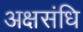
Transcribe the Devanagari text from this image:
अक्षसंधि